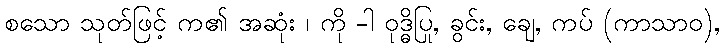
စသော သုတ်ဖြင့် က၏ အဆုံး ၊ ကို -ါ ဝုဒ္ဓိပြု, ခွင်း, ချေ, ကပ် (ကာသာဝ),